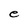
Character: e